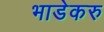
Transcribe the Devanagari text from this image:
भाडेकरु